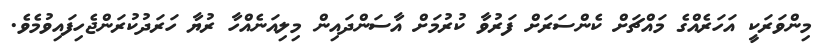
މިންވަރަކީ އަހަރެއްގެ މައްޗަށް ކެންސަރަށް ފަރުވާ ކުރުމަށް އާސަންދައިން މިލިއަނެއްހާ ރުޔާ ހަރަދުކުރަންޖެހިފައިވުމެވެ.